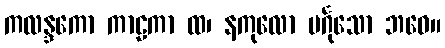
ကလန္ဒကော ကာဠကာ ထ၊ နကုလော မင်္ဂုသော ဘဝေ။